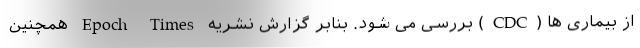
از بیماری ها (CDC) بررسی می شود. بنابر گزارش نشریه Epoch Times همچنین